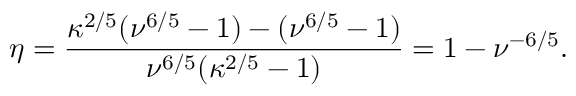
\eta = \frac { \kappa ^ { 2 / 5 } ( \nu ^ { 6 / 5 } - 1 ) - ( \nu ^ { 6 / 5 } - 1 ) } { \nu ^ { 6 / 5 } ( \kappa ^ { 2 / 5 } - 1 ) } = 1 - \nu ^ { - 6 / 5 } .